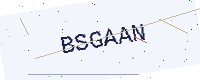
Text: BSGAAN